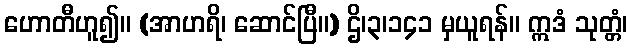
ဟောတီဟူ၍။ (အာဟရိ၊ ဆောင်ပြီ။) ဌိ၊၃၊၁၄၁ မှယူရန်။ ဣဒံ သုတ္တံ၊